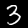
Digit: 3